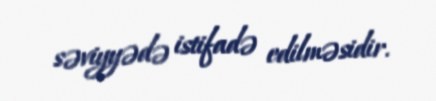
səviyyədə istifadə edilməsidir.